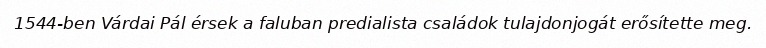
1544-ben Várdai Pál érsek a faluban predialista családok tulajdonjogát erősítette meg.